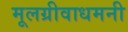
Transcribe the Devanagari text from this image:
मूलग्रीवाधमनी